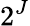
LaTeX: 2^{J}